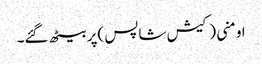
اومنی (کیش شاپس )پر بیٹھ گئے۔